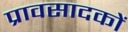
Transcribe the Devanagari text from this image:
प्रावसादकों